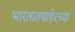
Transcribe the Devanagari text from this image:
भारतातबाहेरच्या